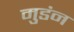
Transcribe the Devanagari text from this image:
मुडंन